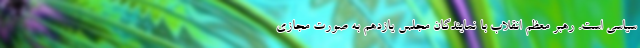
سیاسی است. رهبر معظم انقلاب با نمایندگان مجلس یازدهم به صورت مجازی